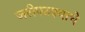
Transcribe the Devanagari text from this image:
जरीपटक्याचे